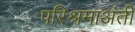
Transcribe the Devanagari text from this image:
परिश्रमाअंती